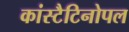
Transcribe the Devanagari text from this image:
कांस्टैटिनोपल